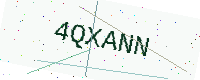
Text: 4QXANN